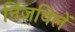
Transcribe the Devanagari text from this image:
निजविलें